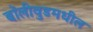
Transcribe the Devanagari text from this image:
बॉलीवुडमधील